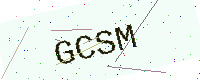
Text: GCSM